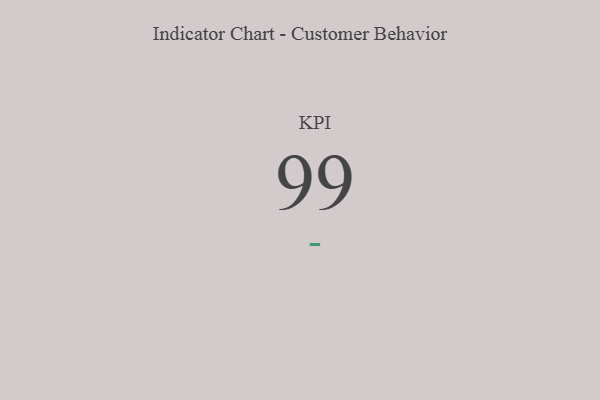
{"axis": {"x": "KPI", "y": "Value"}, "legend": [""], "data": [{"x": "KPI", "y": 99, "type": ""}]}